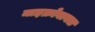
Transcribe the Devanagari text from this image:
माइक्रोबायल